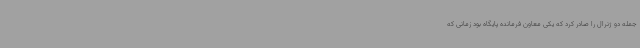
جمله دو ژنرال را صادر کرد که یکی معاون فرمانده پایگاه بود زمانی که